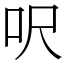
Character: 呎